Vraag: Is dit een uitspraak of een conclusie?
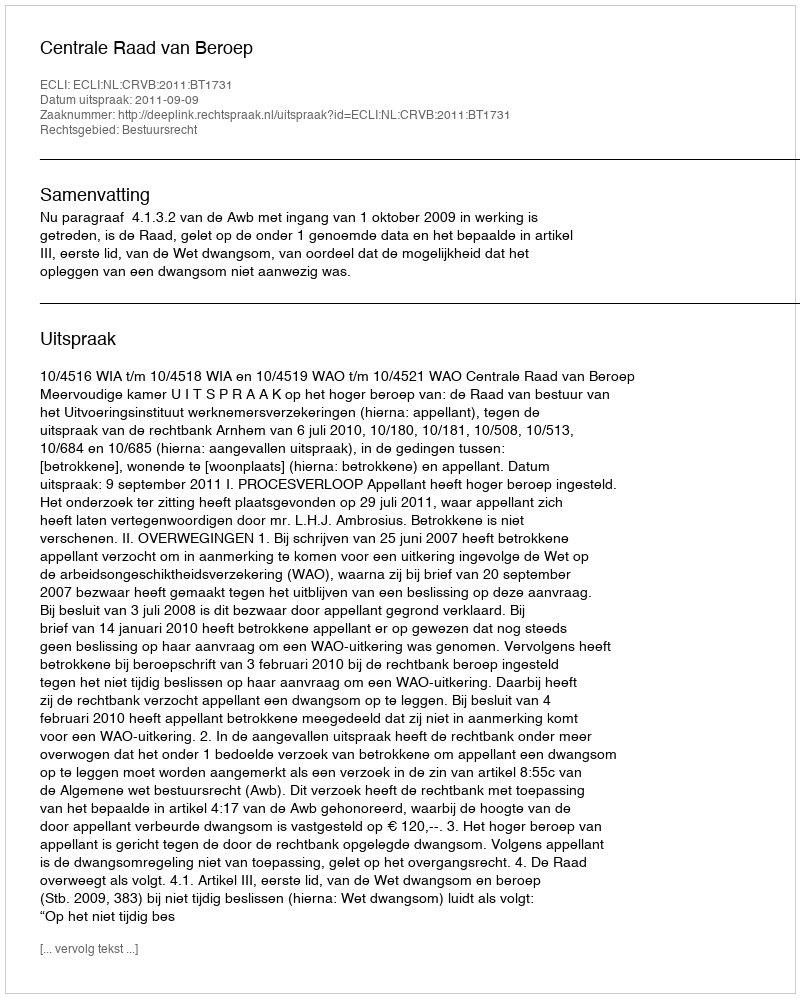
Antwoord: Uitspraak